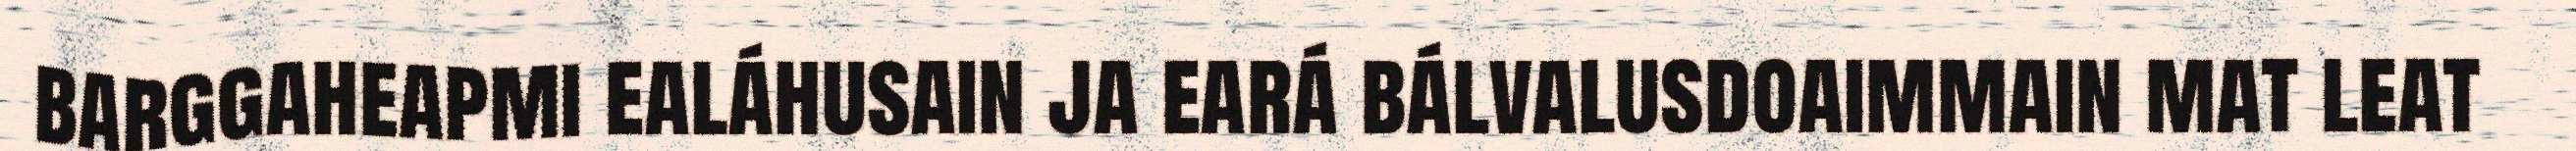
barggaheapmi ealáhusain ja eará bálvalusdoaimmain mat leat